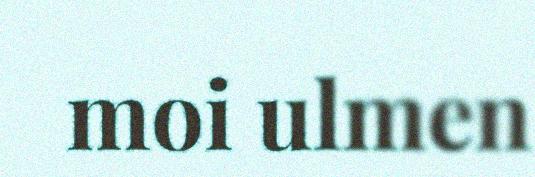
moi ulmen